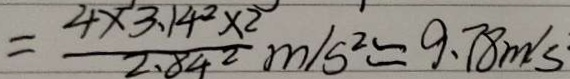
= \frac { 4 \times 3 . 1 4 ^ { 2 } \times 2 } { 2 . 8 4 ^ { 2 } } m / s ^ { 2 } = 9 . 7 8 m / s